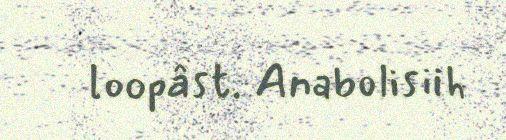
loopâst. Anabolisiih